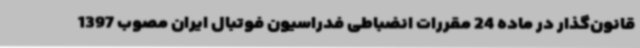
قانون‌گذار در ماده 24 مقررات انضباطی فدراسیون فوتبال ایران مصوب 1397